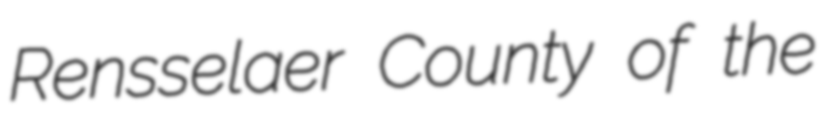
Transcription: Rensselaer County of the